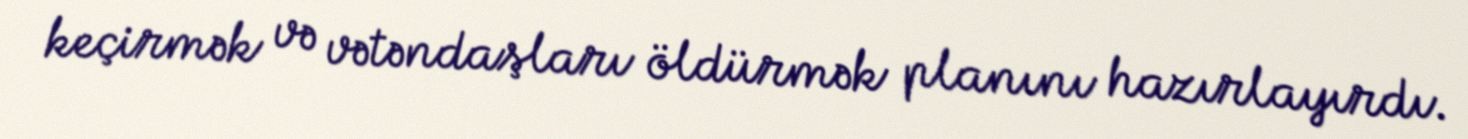
keçirmək və vətəndaşları öldürmək planını hazırlayırdı.